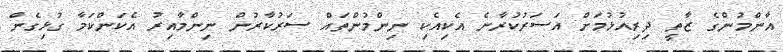
އާންމުންގެ ޒާތީ ދިރިއުޅުމަށް އަސަރުކުރާނެ އެކިއެކި ނިންމުންތައް ސަރުކާރުން ނިންމާއިރު އެކަންކަމާ ގުޅިގެން